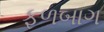
ફળબાગ